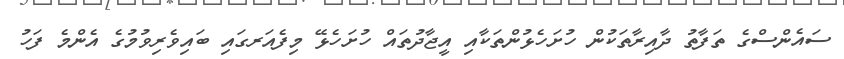
ސައެންސްގެ ތަފާތު ދާއިރާތަކުން ހުށަހެޅުންތަކާއި އީޖާދުތައް ހުށަހެޅޭ މިފެއަރގައި ބައިވެރިވުމުގެ އެންމެ ފަހު